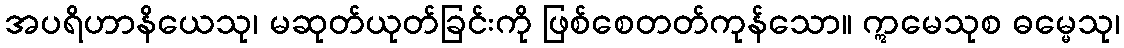
အပရိဟာနိယေသု၊ မဆုတ်ယုတ်ခြင်းကို ဖြစ်စေတတ်ကုန်သော။ ဣမေသုစ ဓမ္မေသု၊